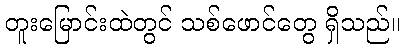
တူးမြောင်းထဲတွင် သစ်ဖောင်တွေ ရှိသည်။